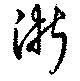
浙